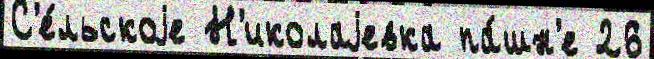
С'е́льскоjе Н'иколаjевка па́шн'е 26